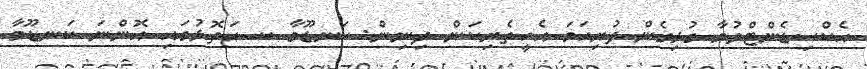
އެކްސިޑެންޓްވުމާ ގުޅިގެން ފުރިހަމަ އެހީތެރިކަން ދިނިން: ކަނޑޫމާ ކ. އަތޮޅުގައި އޮންނަ ކަނޑޫމާ